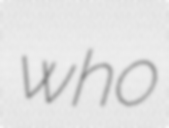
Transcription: who